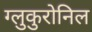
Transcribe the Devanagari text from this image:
ग्लुकुरोनिल